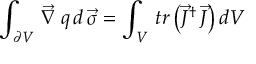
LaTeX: \int _ { \partial V } \, \vec { \nabla } \, q \, d \, \vec { \sigma } = \int _ { V } \, t r \, \bigl ( \vec { J } ^ { \dagger } \, \vec { J } \bigr ) \, d V